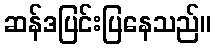
ဆန်ဒပြင်းပြနေသည်။